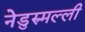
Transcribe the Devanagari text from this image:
नेडुरुमल्ली